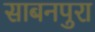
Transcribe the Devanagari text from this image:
साबनपुरा